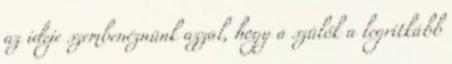
az ideje szembenéznünk azzal, hogy a szülők a legritkább